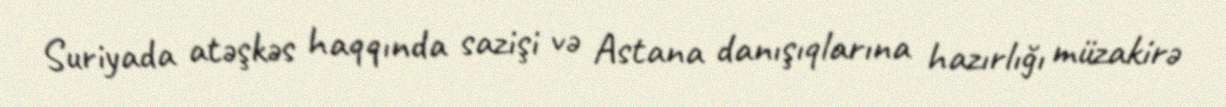
Suriyada atəşkəs haqqında sazişi və Astana danışıqlarına hazırlığı müzakirə